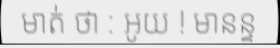
មាត់ ថា : អូយ ! មានន្ទ